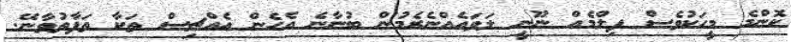
ކޮންމެ މީހަކުވެސް ފިލްމެއް ނޫނީ ލަވައެއްނެރެމުން ބުނާނެ އެހެން އެއްޗިސް ތަކާ ތަފާތުވާނޭ.